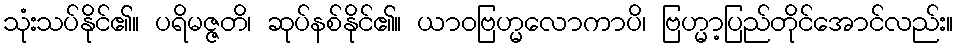
သုံးသပ်နိုင်၏။ ပရိမဇ္ဇတိ၊ ဆုပ်နစ်နိုင်၏။ ယာဝဗြဟ္မလောကာပိ၊ ဗြဟ္မာ့ပြည်တိုင်အောင်လည်း။